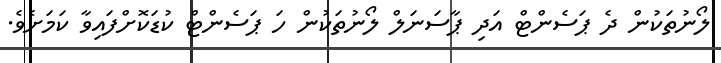
ލޯނުތަކުން ދެ ޕަސެންޓް އަދި ޕާސަނަލް ލޯނުތަކުން ހަ ޕަސެންޓް ކުޑަކޮށްފައިވާ ކަމަށެވެ.